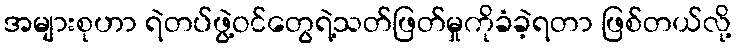
အများစုဟာ ရဲတပ်ဖွဲ့ဝင်တွေရဲ့သတ်ဖြတ်မှုကိုခံခဲ့ရတာ ဖြစ်တယ်လို့